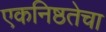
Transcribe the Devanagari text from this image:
एकनिष्ठतेचा